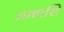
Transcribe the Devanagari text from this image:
आत्ताशि